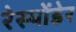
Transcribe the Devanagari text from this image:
रेस्पोंडेर